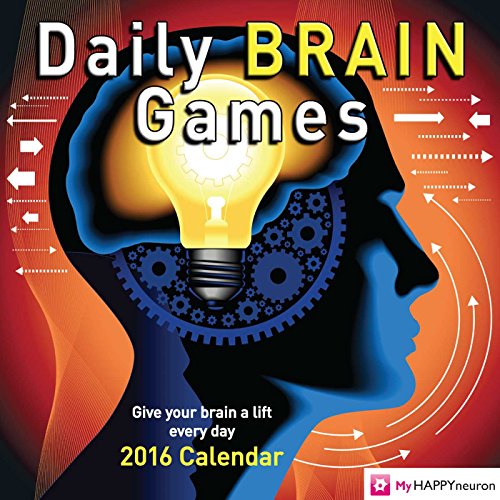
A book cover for Daily Brain Games 2016 Day-to-Day Calendar; HAPPYneuron; Calendars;